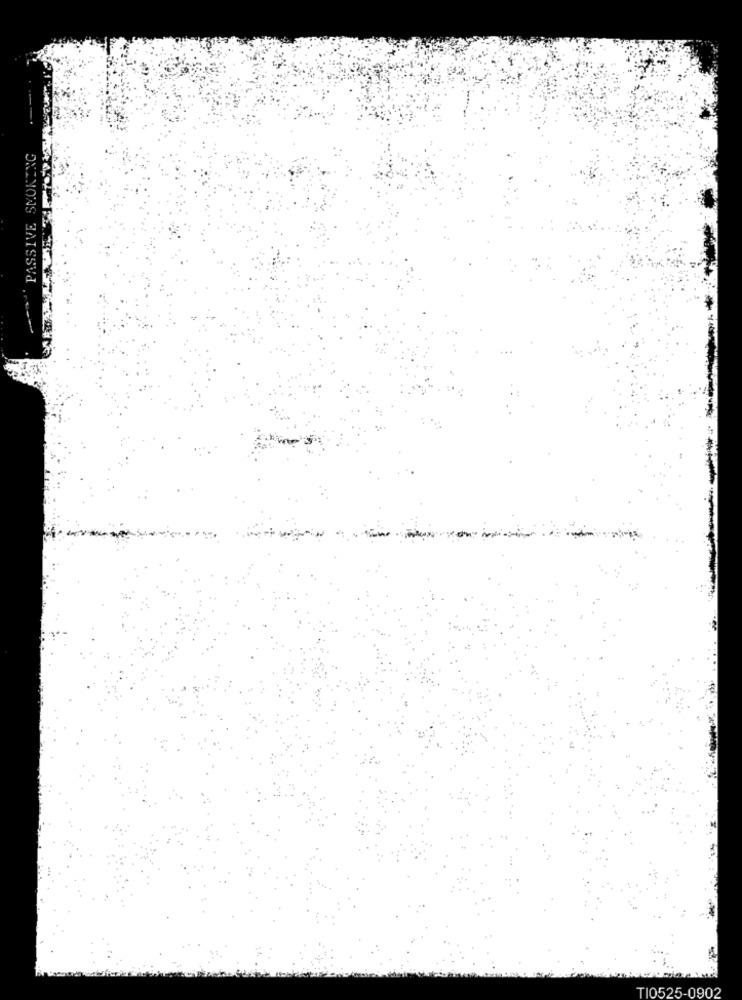
PASSIVE SMOKING
TI0525-0902